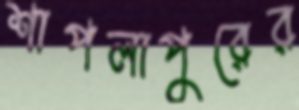
শাপলাপুরের